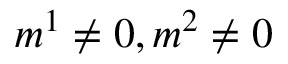
m ^ { 1 } \neq 0 , m ^ { 2 } \neq 0